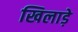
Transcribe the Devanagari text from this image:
खिलाड़े